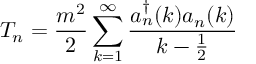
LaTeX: T _ { n } = \frac { m ^ { 2 } } { 2 } \sum _ { k = 1 } ^ { \infty } \frac { a _ { n } ^ { \dagger } ( k ) a _ { n } ( k ) } { k - \frac { 1 } { 2 } }